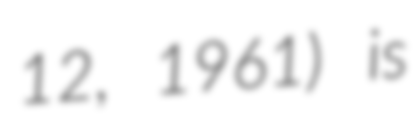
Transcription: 12, 1961) is